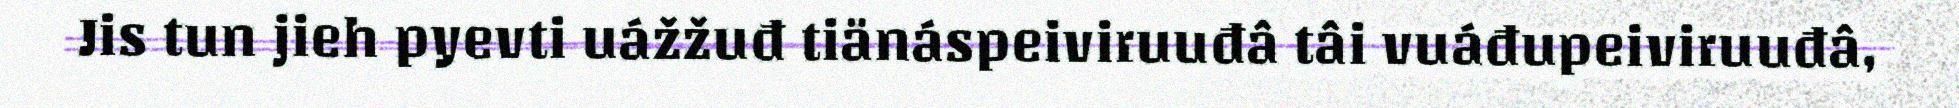
Jis tun jieh pyevti uážžuđ tiänáspeiviruuđâ tâi vuáđupeiviruuđâ,